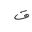
Letter: _fa